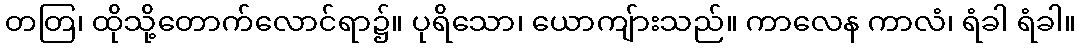
တတြ၊ ထိုသို့တောက်လောင်ရာ၌။ ပုရိသော၊ ယောကျ်ားသည်။ ကာလေန ကာလံ၊ ရံခါ ရံခါ။